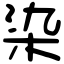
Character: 染